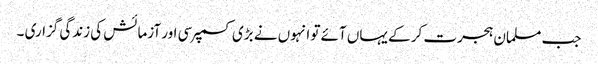
جب مسلمان ہجرت کر کے یہاں آئے تو انہوں نے بڑی کسمپرسی اور آزمائش کی زندگی گزاری ۔